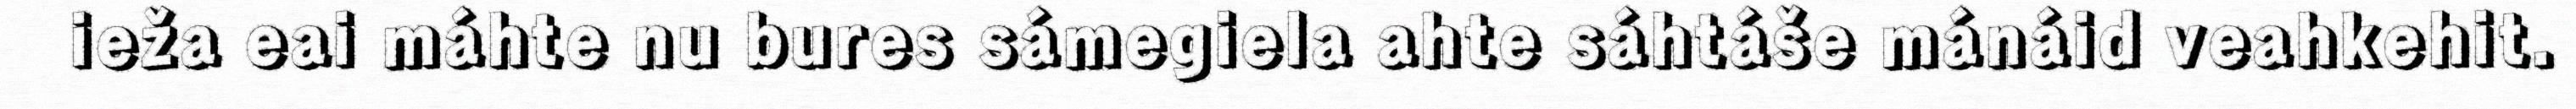
ieža eai máhte nu bures sámegiela ahte sáhtáše mánáid veahkehit.